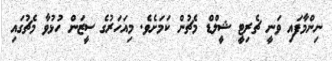
ނިންމާފައި ވަނީ ޗެރިޓީ ޝީލްޑް މެޗުން ކަމަށެވެ. މިއަހަރުގެ ސީޒަން ހުޅުވާ މެޗުގައި